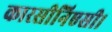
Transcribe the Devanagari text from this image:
कारसीनिएसी।